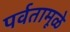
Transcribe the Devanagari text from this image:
पर्वतामूळे